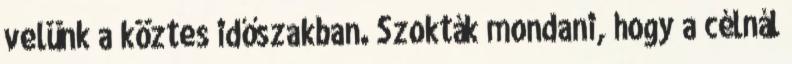
velünk a köztes időszakban. Szokták mondani, hogy a célnál